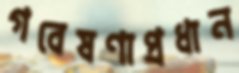
গবেষণাপ্রধান